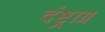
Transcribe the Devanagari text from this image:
दंष्ट्राग्र